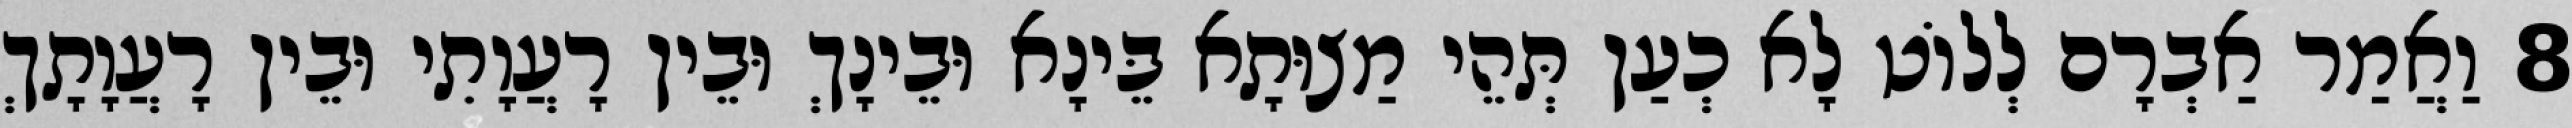
8 וַאֲמַר אַבְרָם לְלוֹט לָא כְעַן תְּהֵי מַצוּתָא בֵּינָא וּבֵינָךְ וּבֵין רָעֲוָתִי וּבֵין רָעֲוָתָךְ